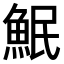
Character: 𫙗